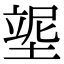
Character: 𡎿